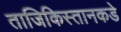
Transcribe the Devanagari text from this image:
ताजिकिस्तानकडे